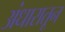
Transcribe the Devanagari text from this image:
अंधारातून